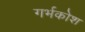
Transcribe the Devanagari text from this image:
गर्भकोश